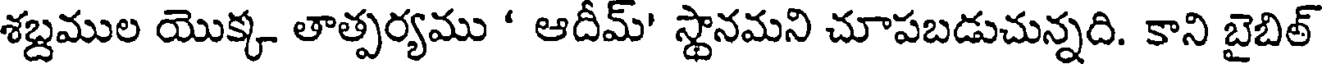
శబ్దముల యొక్క తాత్పర్యము ' ఆదీమ్' స్థానమని చూపబడుచున్నది. కాని బైబిత్